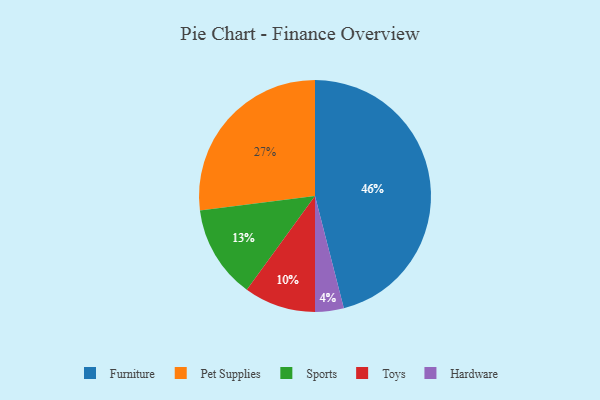
{"axis": {"x": "Category", "y": "Percentage"}, "legend": ["Furniture", "Hardware", "Pet Supplies", "Sports", "Toys"], "data": [{"x": "Toys", "y": 10, "type": "Toys"}, {"x": "Sports", "y": 13, "type": "Sports"}, {"x": "Furniture", "y": 46, "type": "Furniture"}, {"x": "Pet Supplies", "y": 27, "type": "Pet Supplies"}, {"x": "Hardware", "y": 4, "type": "Hardware"}]}